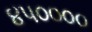
૪૫૦૦૦૦